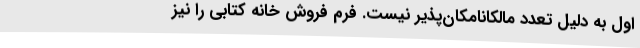
اول به دلیل تعدد مالکانامکان‌پذیر نیست. فرم فروش خانه کتابی را نیز